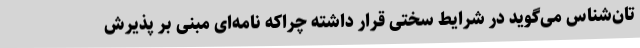
تان‌شناس می‌گوید در شرایط سختی قرار داشته چراکه نامه‌ای مبنی بر پذیرش